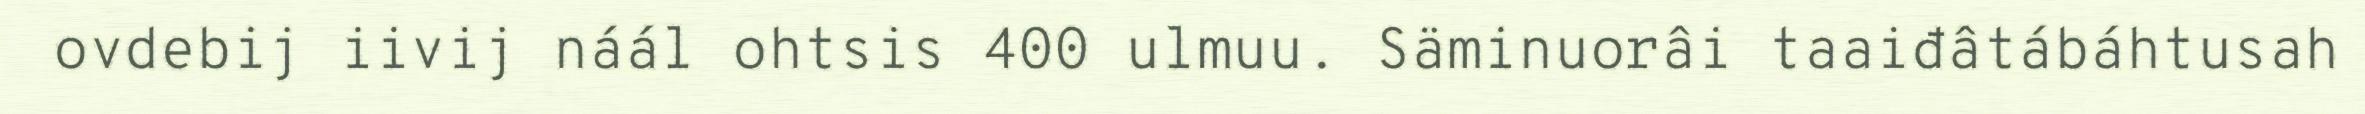
ovdebij iivij náál ohtsis 400 ulmuu. Säminuorâi taaiđâtábáhtusah